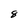
Character: 8